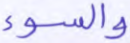
والسوء